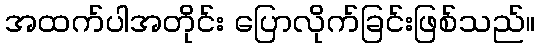
အထက်ပါအတိုင်း ပြောလိုက်ခြင်းဖြစ်သည်။